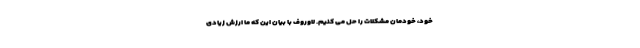
خود، خودمان مشکلات را حل می کنیم. لاوروف با بیان این که ما ارزش زیادی